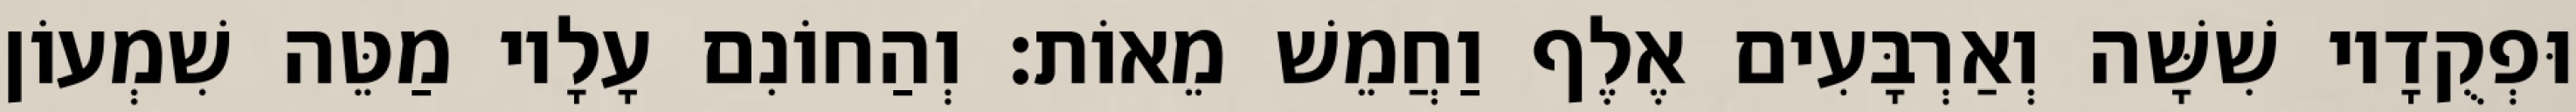
וּפְקֻדָיו שִׁשָּׁה וְאַרְבָּעִים אֶלֶף וַחֲמֵשׁ מֵאוֹת׃ וְהַחוֹנִם עָלָיו מַטֵּה שִׁמְעוֹן